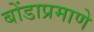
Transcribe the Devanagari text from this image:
बोंडाप्रमाणे